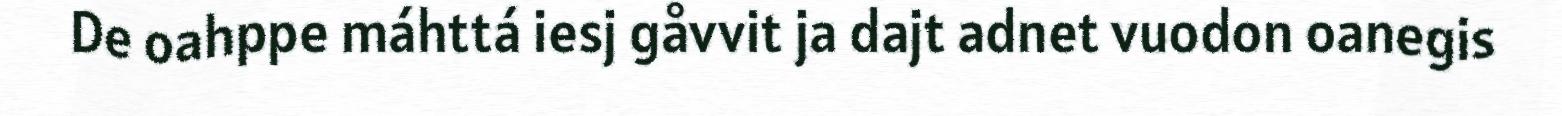
De oahppe máhttá iesj gåvvit ja dajt adnet vuodon oanegis